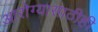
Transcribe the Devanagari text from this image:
आरोग्यासाठीही